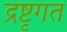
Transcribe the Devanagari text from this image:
द्रष्टृगत